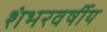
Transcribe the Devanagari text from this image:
शंभरवर्षीय